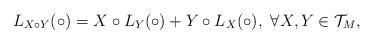
LaTeX: \begin{align*}L_{X\circ Y}(\circ) =X\circ L_Y(\circ)+Y\circ L_X(\circ),\ \forall X, Y\in {\mathcal T}_{M},\end{align*}